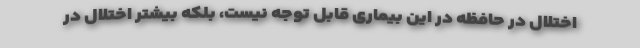
اختلال در حافظه در این بیماری قابل توجه نیست، بلکه بیشتر اختلال در